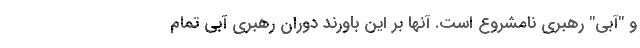
و "آبی" رهبری نامشروع است. آنها بر این باورند دوران رهبری آبی تمام